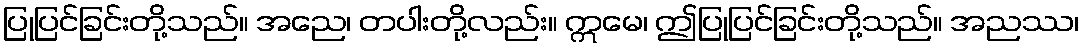
ပြုပြင်ခြင်းတို့သည်။ အညေ၊ တပါးတို့လည်း။ ဣမေ၊ ဤပြုပြင်ခြင်းတို့သည်။ အညဿ၊